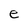
Character: e